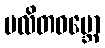
မလိတဝမ္ဘော